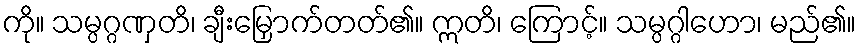
ကို။ သမ္ပဂ္ဂဏှတိ၊ ချီးမြှောက်တတ်၏။ ဣတိ၊ ကြောင့်။ သမ္ပဂ္ဂါဟော၊ မည်၏။